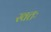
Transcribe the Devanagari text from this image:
स्वतः